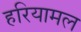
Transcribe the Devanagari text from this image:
हरियामल